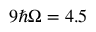
9 \hbar \Omega = 4 . 5